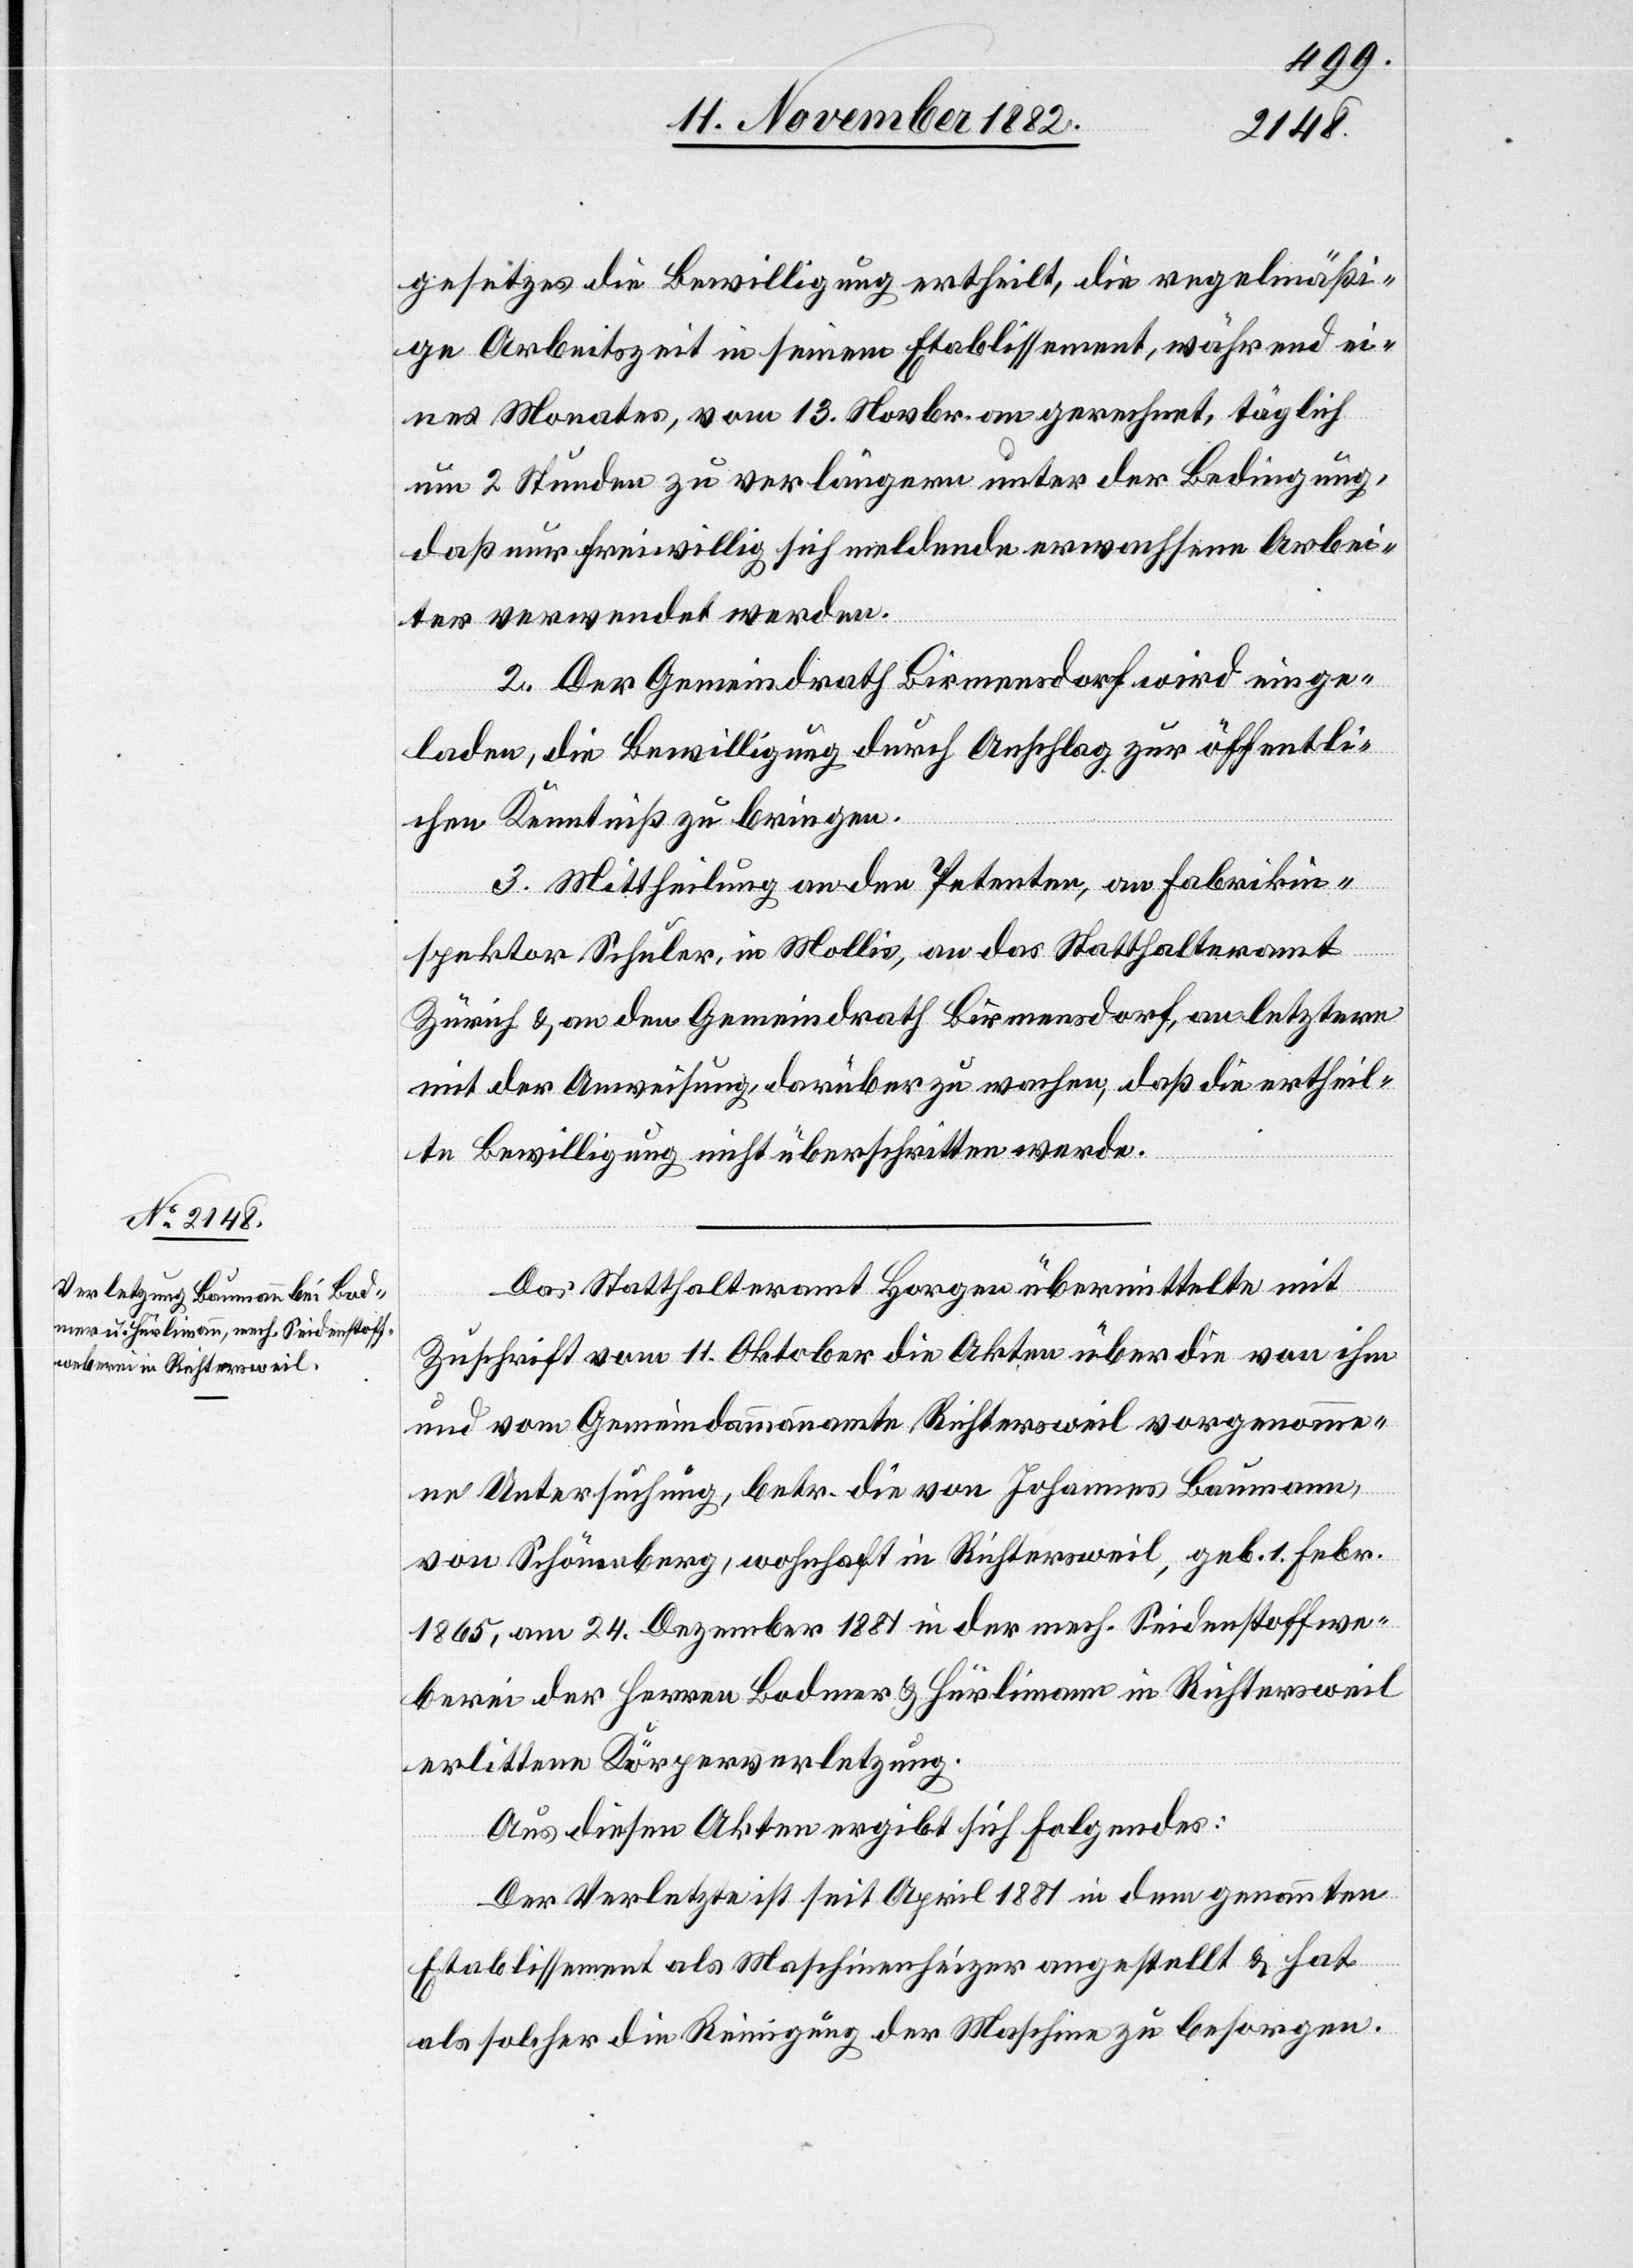
gesetzes die Bewilligung ertheilt, die regelmäßi¬
ge Arbeitszeit in seinem Etablissement, während ei¬
nes Monates, vom 13. Novbr. an gerechnet, täglich
um 2 Stunden zu verlängern unter der Bedingung,
daß nur freiwillig sich meldende erwachsene Arbei¬
ter verwendet werden.
2. Der Gemeindrath Birmensdorf wird einge¬
laden, die Bewilligung durch Anschlag zur öffentli¬
chen Kenntniß zu bringen.
3. Mittheilung an den Petenten, an Fabrikin¬
spektor Schuler, in Mollis, an das Statthalteramt
Zürich & an den Gemeindrath Birmensdorf, an letztere
mit der Anweisung, darüber zu wachen, daß die ertheil¬
te Bewilligung nicht überschritten werde.
Das Statthalteramt Horgen übermittelte mit
Zuschrift vom 11. Oktober die Akten über die von ihm
und vom Gemeindammannamte Richtersweil vorgenomme¬
ne Untersuchung, betr. die von Johannes Baumann,
von Schönenberg, wohnhaft in Richtersweil, geb. 1. Febr.
1865, am 24. Dezember 1881 in der mech. Seidenstoffwe¬
berei der Herren Bodmer & Hürlimann in Richtersweil
erlittene Körperverletzung.
Aus diesen Akten ergibt sich Folgendes:
Der Verletzte ist seit April 1881 in dem genannten
Etablissement als Maschinenheizer angestellt & hat
als solcher die Reinigung der Maschine zu besorgen.